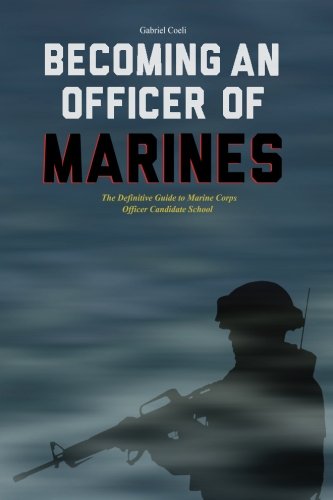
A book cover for Becoming an Officer of Marines: The Definitive Guide to Marine Corps Officer Candidate School; Gabriel Coeli; Test Preparation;